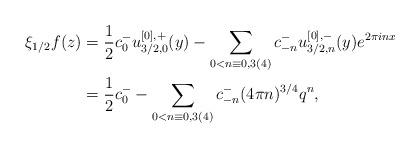
LaTeX: \begin{align*}\xi_{1/2}f(z) &= \frac{1}{2}c_0^- u_{3/2,0}^{[0],+}(y) - \sum_{0<n \equiv 0,3 (4)} c_{-n}^- u_{3/2,n}^{[0],-}(y)e^{2\pi inx}\\&= \frac{1}{2}c_0^- - \sum_{0<n \equiv 0,3 (4)} c_{-n}^- (4\pi n)^{3/4}q^n,\end{align*}